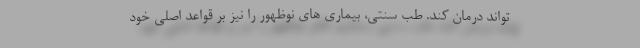
تواند درمان کند. طب سنتی، بیماری های نوظهور را نیز بر قواعد اصلی خود